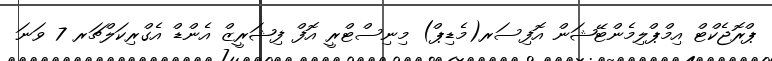
ޕްރޮޖެކްޓް އިމްޕްލިމެންޓޭޝަން އޮފިސަރ(މެޑިޕް) މިނިސްޓްރީ އޮފް ފިޝަރީޒް އެންޑް އެގްރިކަލްޗަރ 7 ވަނަ